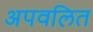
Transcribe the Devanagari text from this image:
अपवलित